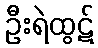
ဦးရဲထွဋ်